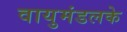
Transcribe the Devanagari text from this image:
वायुमंडलके